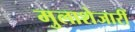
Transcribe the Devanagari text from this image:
मुलाशेजारीं